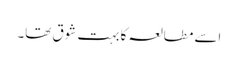
اسے مطالعہ کا بہت شوق تھا۔